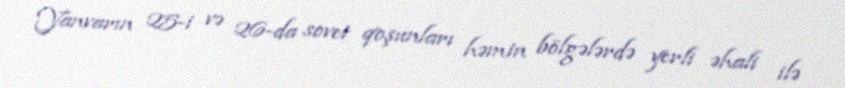
Yanvarın 25-i və 26-da sovet qoşunları həmin bölgələrdə yerli əhali ilə